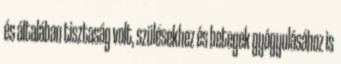
és általában tisztaság volt, szülésekhez és betegek gyógyulásához is